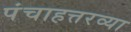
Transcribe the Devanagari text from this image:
पंचाहत्तरव्या